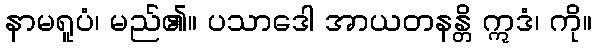
နာမရူပံ၊ မည်၏။ ပသာဒေါ အာယတနန္တိ ဣဒံ၊ ကို။